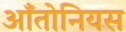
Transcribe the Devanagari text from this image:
आँतोनियस